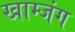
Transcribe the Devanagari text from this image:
खाम्जंग